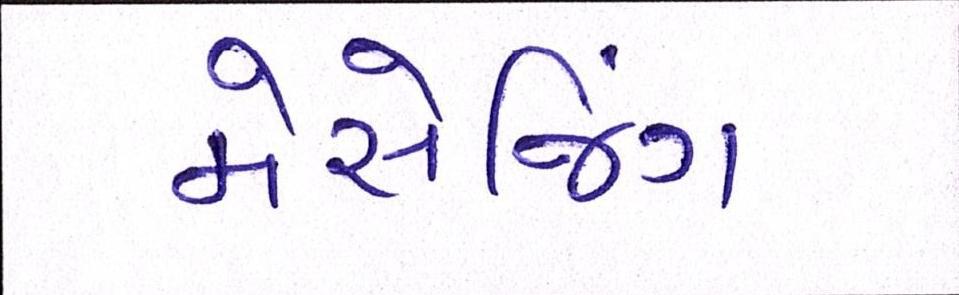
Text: મેસેજિંગ